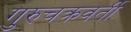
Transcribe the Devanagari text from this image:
गुरुचक्रवर्ती